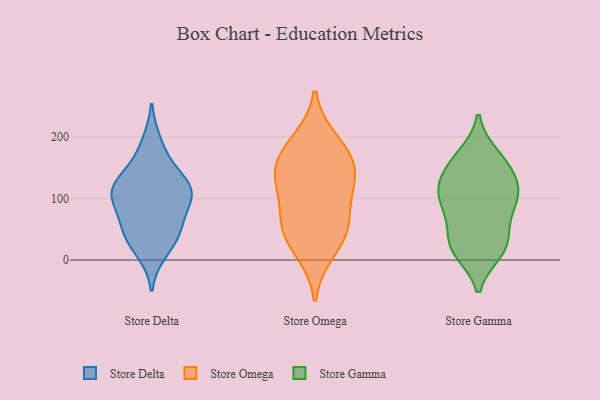
{"axis": {"x": "Customer Acquisition Cost (USD)", "y": "Value"}, "legend": ["Store Delta", "Store Gamma", "Store Omega"], "data": [{"x": "", "y": 191, "type": "Store Delta"}, {"x": "", "y": 107, "type": "Store Delta"}, {"x": "", "y": 54, "type": "Store Delta"}, {"x": "", "y": 156, "type": "Store Delta"}, {"x": "", "y": 35, "type": "Store Delta"}, {"x": "", "y": 68, "type": "Store Delta"}, {"x": "", "y": 110, "type": "Store Delta"}, {"x": "", "y": 113, "type": "Store Delta"}, {"x": "", "y": 111, "type": "Store Delta"}, {"x": "", "y": 13, "type": "Store Delta"}, {"x": "", "y": 103, "type": "Store Delta"}, {"x": "", "y": 132, "type": "Store Delta"}, {"x": "", "y": 44, "type": "Store Delta"}, {"x": "", "y": 193, "type": "Store Omega"}, {"x": "", "y": 135, "type": "Store Omega"}, {"x": "", "y": 158, "type": "Store Omega"}, {"x": "", "y": 112, "type": "Store Omega"}, {"x": "", "y": 46, "type": "Store Omega"}, {"x": "", "y": 132, "type": "Store Omega"}, {"x": "", "y": 174, "type": "Store Omega"}, {"x": "", "y": 15, "type": "Store Omega"}, {"x": "", "y": 65, "type": "Store Omega"}, {"x": "", "y": 54, "type": "Store Omega"}, {"x": "", "y": 141, "type": "Store Gamma"}, {"x": "", "y": 52, "type": "Store Gamma"}, {"x": "", "y": 15, "type": "Store Gamma"}, {"x": "", "y": 147, "type": "Store Gamma"}, {"x": "", "y": 21, "type": "Store Gamma"}, {"x": "", "y": 169, "type": "Store Gamma"}, {"x": "", "y": 82, "type": "Store Gamma"}, {"x": "", "y": 107, "type": "Store Gamma"}, {"x": "", "y": 115, "type": "Store Gamma"}, {"x": "", "y": 21, "type": "Store Gamma"}, {"x": "", "y": 113, "type": "Store Gamma"}, {"x": "", "y": 23, "type": "Store Gamma"}, {"x": "", "y": 82, "type": "Store Gamma"}, {"x": "", "y": 165, "type": "Store Gamma"}, {"x": "", "y": 107, "type": "Store Gamma"}]}